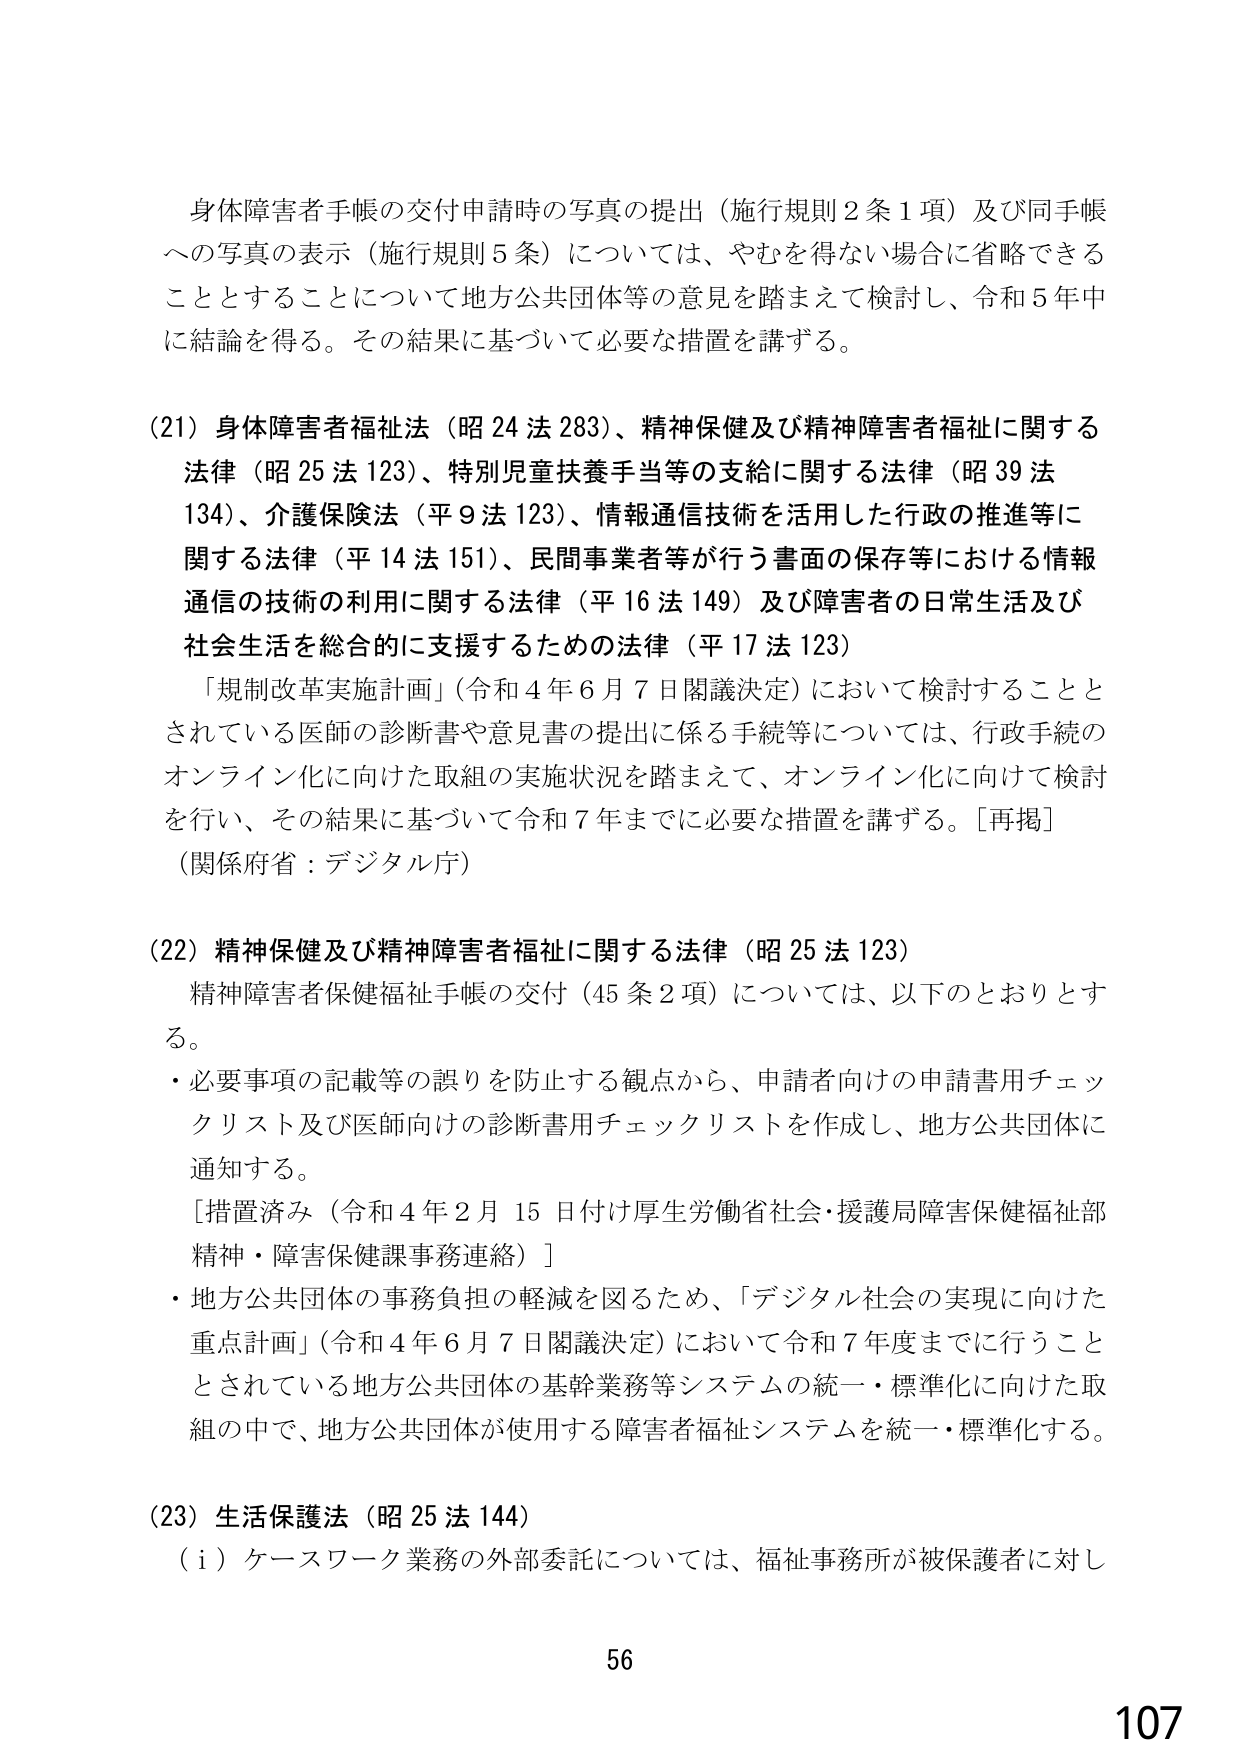
身体障害者手帳の交付申請時の写真の提出（施行規則２条１項）及び同手帳への写真の表示（施行規則５条）については、やむを得ない場合に省略できることとすることについて地方公共団体等の意見を踏まえて検討し、令和５年中に結論を得る。その結果に基づいて必要な措置を講ずる。

(21) 身体障害者福祉法（昭24法283）、精神保健及び精神障害者福祉に関する法律（昭25法123）、特別児童扶養手当等の支給に関する法律（昭39法134）、介護保険法（平9法123）、情報通信技術を活用した行政の推進等に関する法律（平14法151）、民間事業者等が行う書面の保存等における情報通信の技術の利用に関する法律（平16法149）及び障害者の日常生活及び社会生活を総合的に支援するための法律（平17法123）

「規制改革実施計画」（令和4年6月7日閣議決定）において検討することとされている医師の診断書や意見書の提出に係る手続等については、行政手続のオンライン化に向けた取組の実施状況を踏まえて、オンライン化に向けて検討を行い、その結果に基づいて令和7年までに必要な措置を講ずる。［再掲］

（関係府省：デジタル庁）

(22) 精神保健及び精神障害者福祉に関する法律（昭25法123）

精神障害者保健福祉手帳の交付（45条2項）については、以下のとおりとする。

・必要事項の記載等の誤りを防止する観点から、申請者向けの申請書用チェックリスト及び医師向けの診断書用チェックリストを作成し、地方公共団体に通知する。

［措置済み（令和4年2月15日付け厚生労働省社会・援護局障害保健福祉部精神・障害保健課事務連絡）］

・地方公共団体の事務負担の軽減を図るため、「デジタル社会の実現に向けた重点計画」（令和4年6月7日閣議決定）において令和7年度までに行うこととされている地方公共団体の基幹業務等システムの統一・標準化に向けた取組の中で、地方公共団体が使用する障害者福祉システムを統一・標準化する。

(23) 生活保護法（昭25法144）

（i）ケースワーク業務の外部委託については、福祉事務所が被保護者に対し

56
107